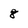
Character: 8